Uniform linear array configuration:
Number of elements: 48
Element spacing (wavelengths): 0.25
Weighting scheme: binomial
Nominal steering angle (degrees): -30
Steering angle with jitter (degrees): -30.284
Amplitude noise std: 0.05
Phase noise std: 0.05

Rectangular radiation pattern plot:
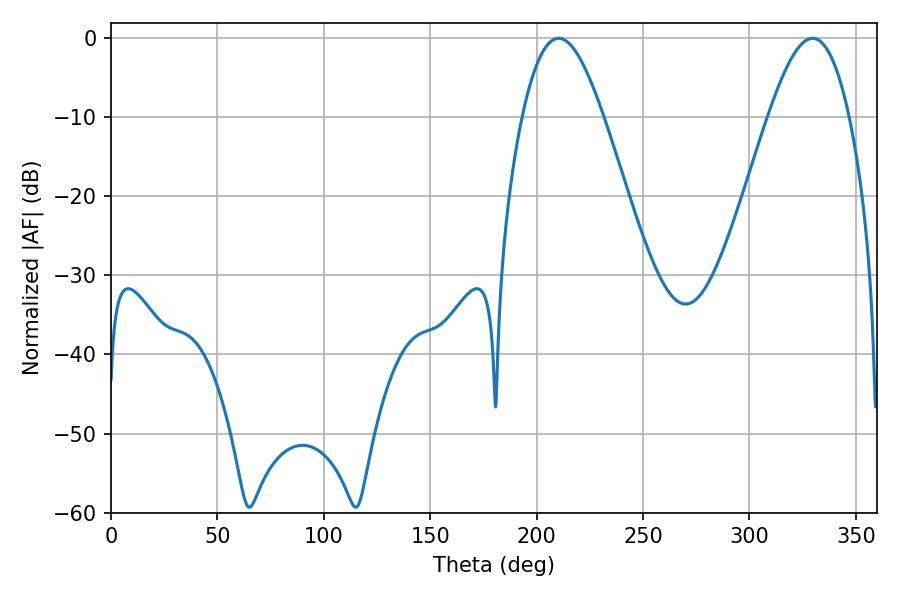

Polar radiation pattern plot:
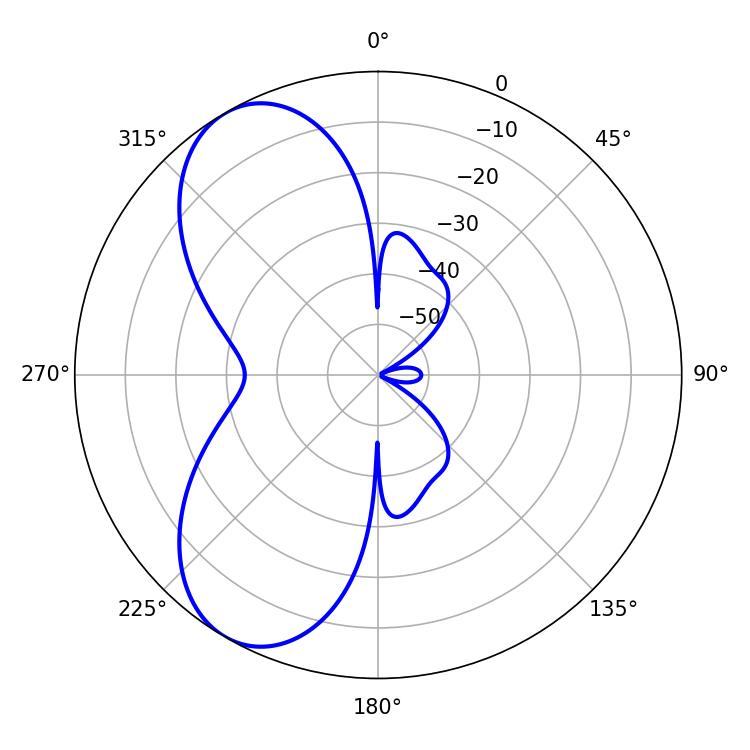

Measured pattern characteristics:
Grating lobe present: FALSE
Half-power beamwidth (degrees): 20.52
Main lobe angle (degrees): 210.24